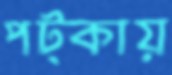
পট্‌কায়